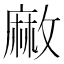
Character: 䵇